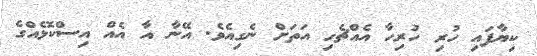
ކިޔާފައި ހުރި ހުރިހާ އެއްޗެހި އަތަށް ނެގިއެވެ. އޭނާ އާ އެއް އިސްކޮޅެއްގެ